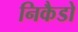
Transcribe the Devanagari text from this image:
निकैडो